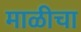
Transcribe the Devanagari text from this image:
माळीचा